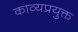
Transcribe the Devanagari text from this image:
काव्यप्रयुक्त